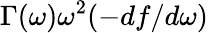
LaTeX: \Gamma(\omega)\omega^{2}(-df/d\omega)